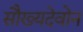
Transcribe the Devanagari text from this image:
सौख्यदेवोन